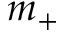
m _ { + }